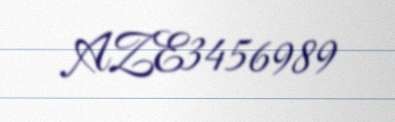
AZE3456989